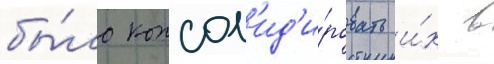
бы́ло консол'ид'и́ровать и́х в